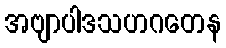
အဗျာပါဒသဟဂတေန